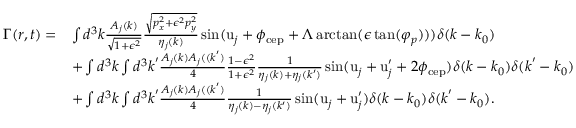
\begin{array} { r l } { \Gamma ( \boldsymbol { r } , t ) = } & { \int d ^ { 3 } \boldsymbol { k } \frac { A _ { j } ( \boldsymbol { k } ) } { \sqrt { 1 + \epsilon ^ { 2 } } } \frac { \sqrt { \boldsymbol { p } _ { x } ^ { 2 } + \epsilon ^ { 2 } \boldsymbol { p } _ { y } ^ { 2 } } } { \eta _ { j } ( \boldsymbol { k } ) } \sin ( \mathrm { u } _ { j } + \phi _ { \mathrm { c e p } } + \Lambda \arctan ( \epsilon \tan ( \varphi _ { p } ) ) ) \delta ( \boldsymbol { k } - \boldsymbol { k } _ { 0 } ) } \\ & { + \int d ^ { 3 } \boldsymbol { k } \int d ^ { 3 } \boldsymbol { k } ^ { \prime } \frac { A _ { j } ( \boldsymbol { k } ) A _ { j } ( ( \boldsymbol { k } ^ { \prime } ) } { 4 } \frac { 1 - \epsilon ^ { 2 } } { 1 + \epsilon ^ { 2 } } \frac { 1 } { \eta _ { j } ( \boldsymbol { k } ) + \eta _ { j } ( \boldsymbol { k ^ { \prime } } ) } \sin ( \mathrm { u } _ { j } + \mathrm { u } _ { j } ^ { \prime } + 2 \phi _ { \mathrm { c e p } } ) \delta ( \boldsymbol { k } - \boldsymbol { k } _ { 0 } ) \delta ( \boldsymbol { k } ^ { \prime } - \boldsymbol { k } _ { 0 } ) } \\ & { + \int d ^ { 3 } \boldsymbol { k } \int d ^ { 3 } \boldsymbol { k } ^ { \prime } \frac { A _ { j } ( \boldsymbol { k } ) A _ { j } ( ( \boldsymbol { k } ^ { \prime } ) } { 4 } \frac { 1 } { \eta _ { j } ( \boldsymbol { k } ) - \eta _ { j } ( \boldsymbol { k ^ { \prime } } ) } \sin ( \mathrm { u } _ { j } + \mathrm { u } _ { j } ^ { \prime } ) \delta ( \boldsymbol { k } - \boldsymbol { k } _ { 0 } ) \delta ( \boldsymbol { k } ^ { \prime } - \boldsymbol { k } _ { 0 } ) . } \end{array}